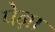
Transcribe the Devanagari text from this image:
पेऩा